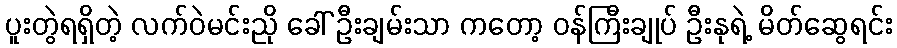
ပူးတွဲရရှိတဲ့ လက်ဝဲမင်းညို ခေါ် ဦးချမ်းသာ ကတော့ ဝန်ကြီးချုပ် ဦးနုရဲ့ မိတ်ဆွေရင်း